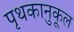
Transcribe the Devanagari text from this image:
पृथकानुकूल